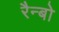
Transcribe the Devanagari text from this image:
रैन्बो